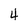
Character: 4